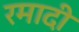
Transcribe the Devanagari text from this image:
रमादी